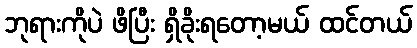
ဘုရားကိုပဲ ဖိပြီး ရှိခိုးရတော့မယ် ထင်တယ်